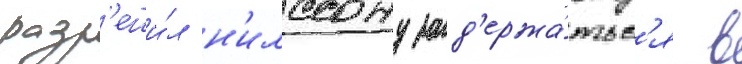
разр'еши́л н'илссону зад'ержа́тьс'я в